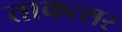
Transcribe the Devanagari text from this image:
ताकत्सर